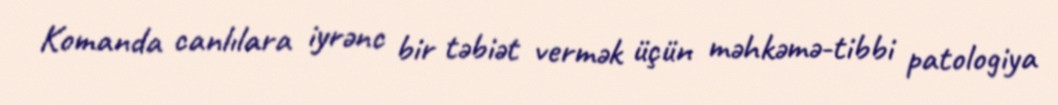
Komanda canlılara iyrənc bir təbiət vermək üçün məhkəmə-tibbi patologiya